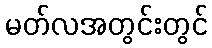
မတ်လအတွင်းတွင်